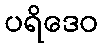
ပရိဒေဝ